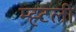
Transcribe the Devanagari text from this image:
म्ह्टली